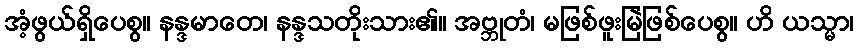
အံ့ဖွယ်ရှိပေစွ။ နန္ဒမာတေ၊ နန္ဒသတိုးသား၏။ အဗ္ဘုတံ၊ မဖြစ်ဖူးမြဲဖြစ်ပေစွ။ ဟိ ယသ္မာ၊